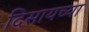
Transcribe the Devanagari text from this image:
दिसायच्या